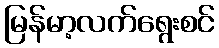
မြန်မာ့လက်ရွေးစင်